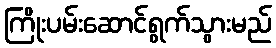
ကြိုးပမ်းဆောင်ရွက်သွားမည်